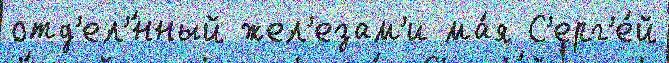
отд'ел'́нный жел'езам'и ма́я С'ерг'е́й